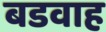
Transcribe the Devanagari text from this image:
बडवाह